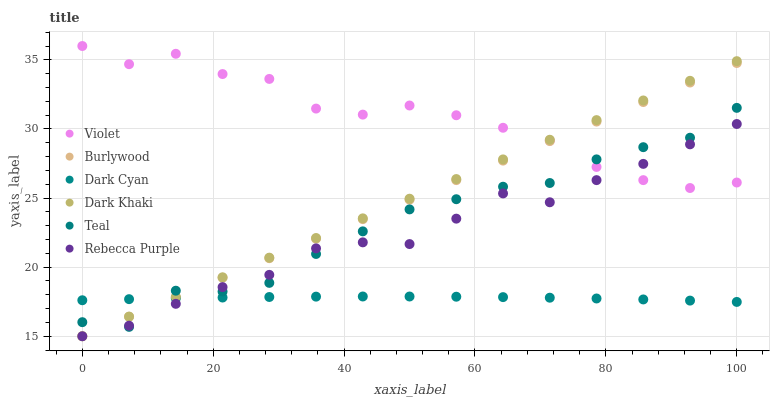
| xaxis_label | Violet | Burlywood | Dark Cyan | Dark Khaki | Teal | Rebecca Purple |
 | --- | --- | --- | --- | --- | --- | --- |
 | 0 | 36 | 15 | 17.6 | 15 | 16 | 15 |
 | 7.14 | 34.7 | 16.4 | 17.7 | 16.4 | 15.7 | 15.8 |
 | 14.3 | 35.4 | 17.8 | 17.7 | 17.8 | 18.3 | 17.3 |
 | 21.4 | 34 | 19.2 | 17.8 | 19.3 | 18.2 | 18.6 |
 | 28.6 | 33.6 | 20.6 | 17.8 | 20.7 | 18.9 | 19.4 |
 | 35.7 | 31.5 | 22.1 | 17.9 | 22.1 | 21 | 21.4 |
 | 42.9 | 31 | 23.5 | 17.9 | 23.5 | 22.6 | 21.8 |
 | 50 | 31.7 | 24.9 | 17.9 | 25 | 24.2 | 21.7 |
 | 57.1 | 31 | 26.3 | 17.9 | 26.4 | 24.9 | 23.5 |
 | 64.3 | 30.1 | 27.7 | 17.8 | 27.8 | 25.8 | 25.3 |
 | 71.4 | 29.2 | 29.1 | 17.8 | 29.2 | 26.1 | 24.7 |
 | 78.6 | 27.2 | 30.5 | 17.7 | 30.6 | 27.8 | 26.3 |
 | 85.7 | 26.3 | 31.9 | 17.7 | 32.1 | 28.7 | 27.5 |
 | 92.9 | 25.7 | 33.4 | 17.6 | 33.5 | 29.4 | 28.9 |
 | 100 | 26.1 | 34.8 | 17.5 | 34.9 | 31.5 | 30.4 |